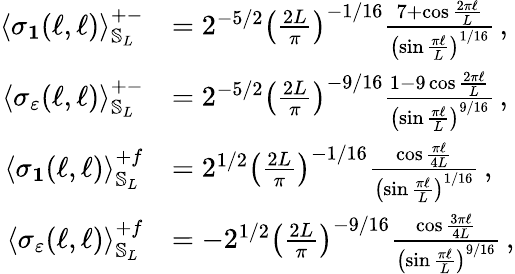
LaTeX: \begin{array}{rl}{\left\langle\sigma_{\mathbf{1}}(\ell,\ell)\right\rangle_{\mathbb{S}_{L}}^{+-}}&{=2^{-5/2}\left(\frac{2L}{\pi}\right)^{-1/16}\frac{7+\cos{\frac{2\pi\ell}{L}}}{\left(\sin\frac{\pi\ell}{L}\right)^{1/16}}\, ,}\\ {\left\langle\sigma_{\varepsilon}(\ell,\ell)\right\rangle_{\mathbb{S}_{L}}^{+-}}&{=2^{-5/2}\left(\frac{2L}{\pi}\right)^{-9/16}\frac{1-9\cos{\frac{2\pi\ell}{L}}}{\left(\sin\frac{\pi\ell}{L}\right)^{9/16}}\, ,}\\ {\left\langle\sigma_{\mathbf{1}}(\ell,\ell)\right\rangle_{\mathbb{S}_{L}}^{+f}}&{=2^{1/2}\left(\frac{2L}{\pi}\right)^{-1/16}\frac{\cos{\frac{\pi\ell}{4L}}}{\left(\sin\frac{\pi\ell}{L}\right)^{1/16}}\, ,}\\ {\left\langle\sigma_{\varepsilon}(\ell,\ell)\right\rangle_{\mathbb{S}_{L}}^{+f}}&{=-2^{1/2}\left(\frac{2L}{\pi}\right)^{-9/16}\frac{\cos{\frac{3\pi\ell}{4L}}}{\left(\sin\frac{\pi\ell}{L}\right)^{9/16}}\, ,}\end{array}